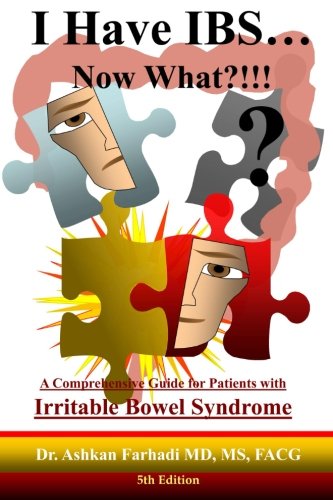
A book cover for I Have IBS...Now What?!!!: A Comprehensive Guide for Patients with Irritable Bowel Syndrome; Dr. Ashkan Farhadi MD; Health, Fitness & Dieting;